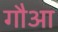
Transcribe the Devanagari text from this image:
गौआ